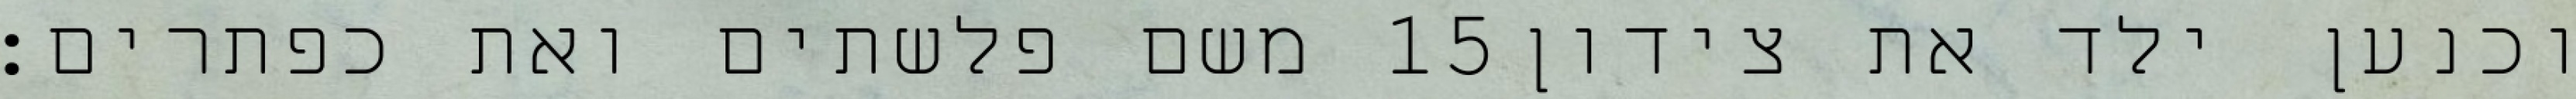
משם פלשתים ואת כפתרים׃ ‎15‏ וכנען ילד את צידון